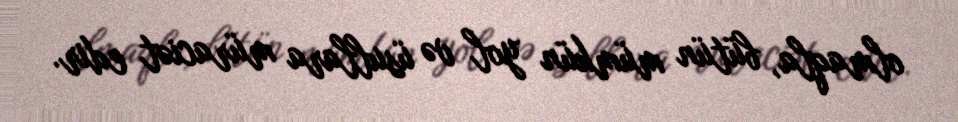
olmaqla, bütün mümkün yol və üsullara müraciət edir.